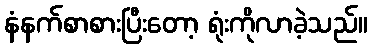
နံနက်စာစားပြီးတော့ ရုံးကိုလာခဲ့သည်။